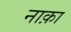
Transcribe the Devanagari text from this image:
नाक़ा